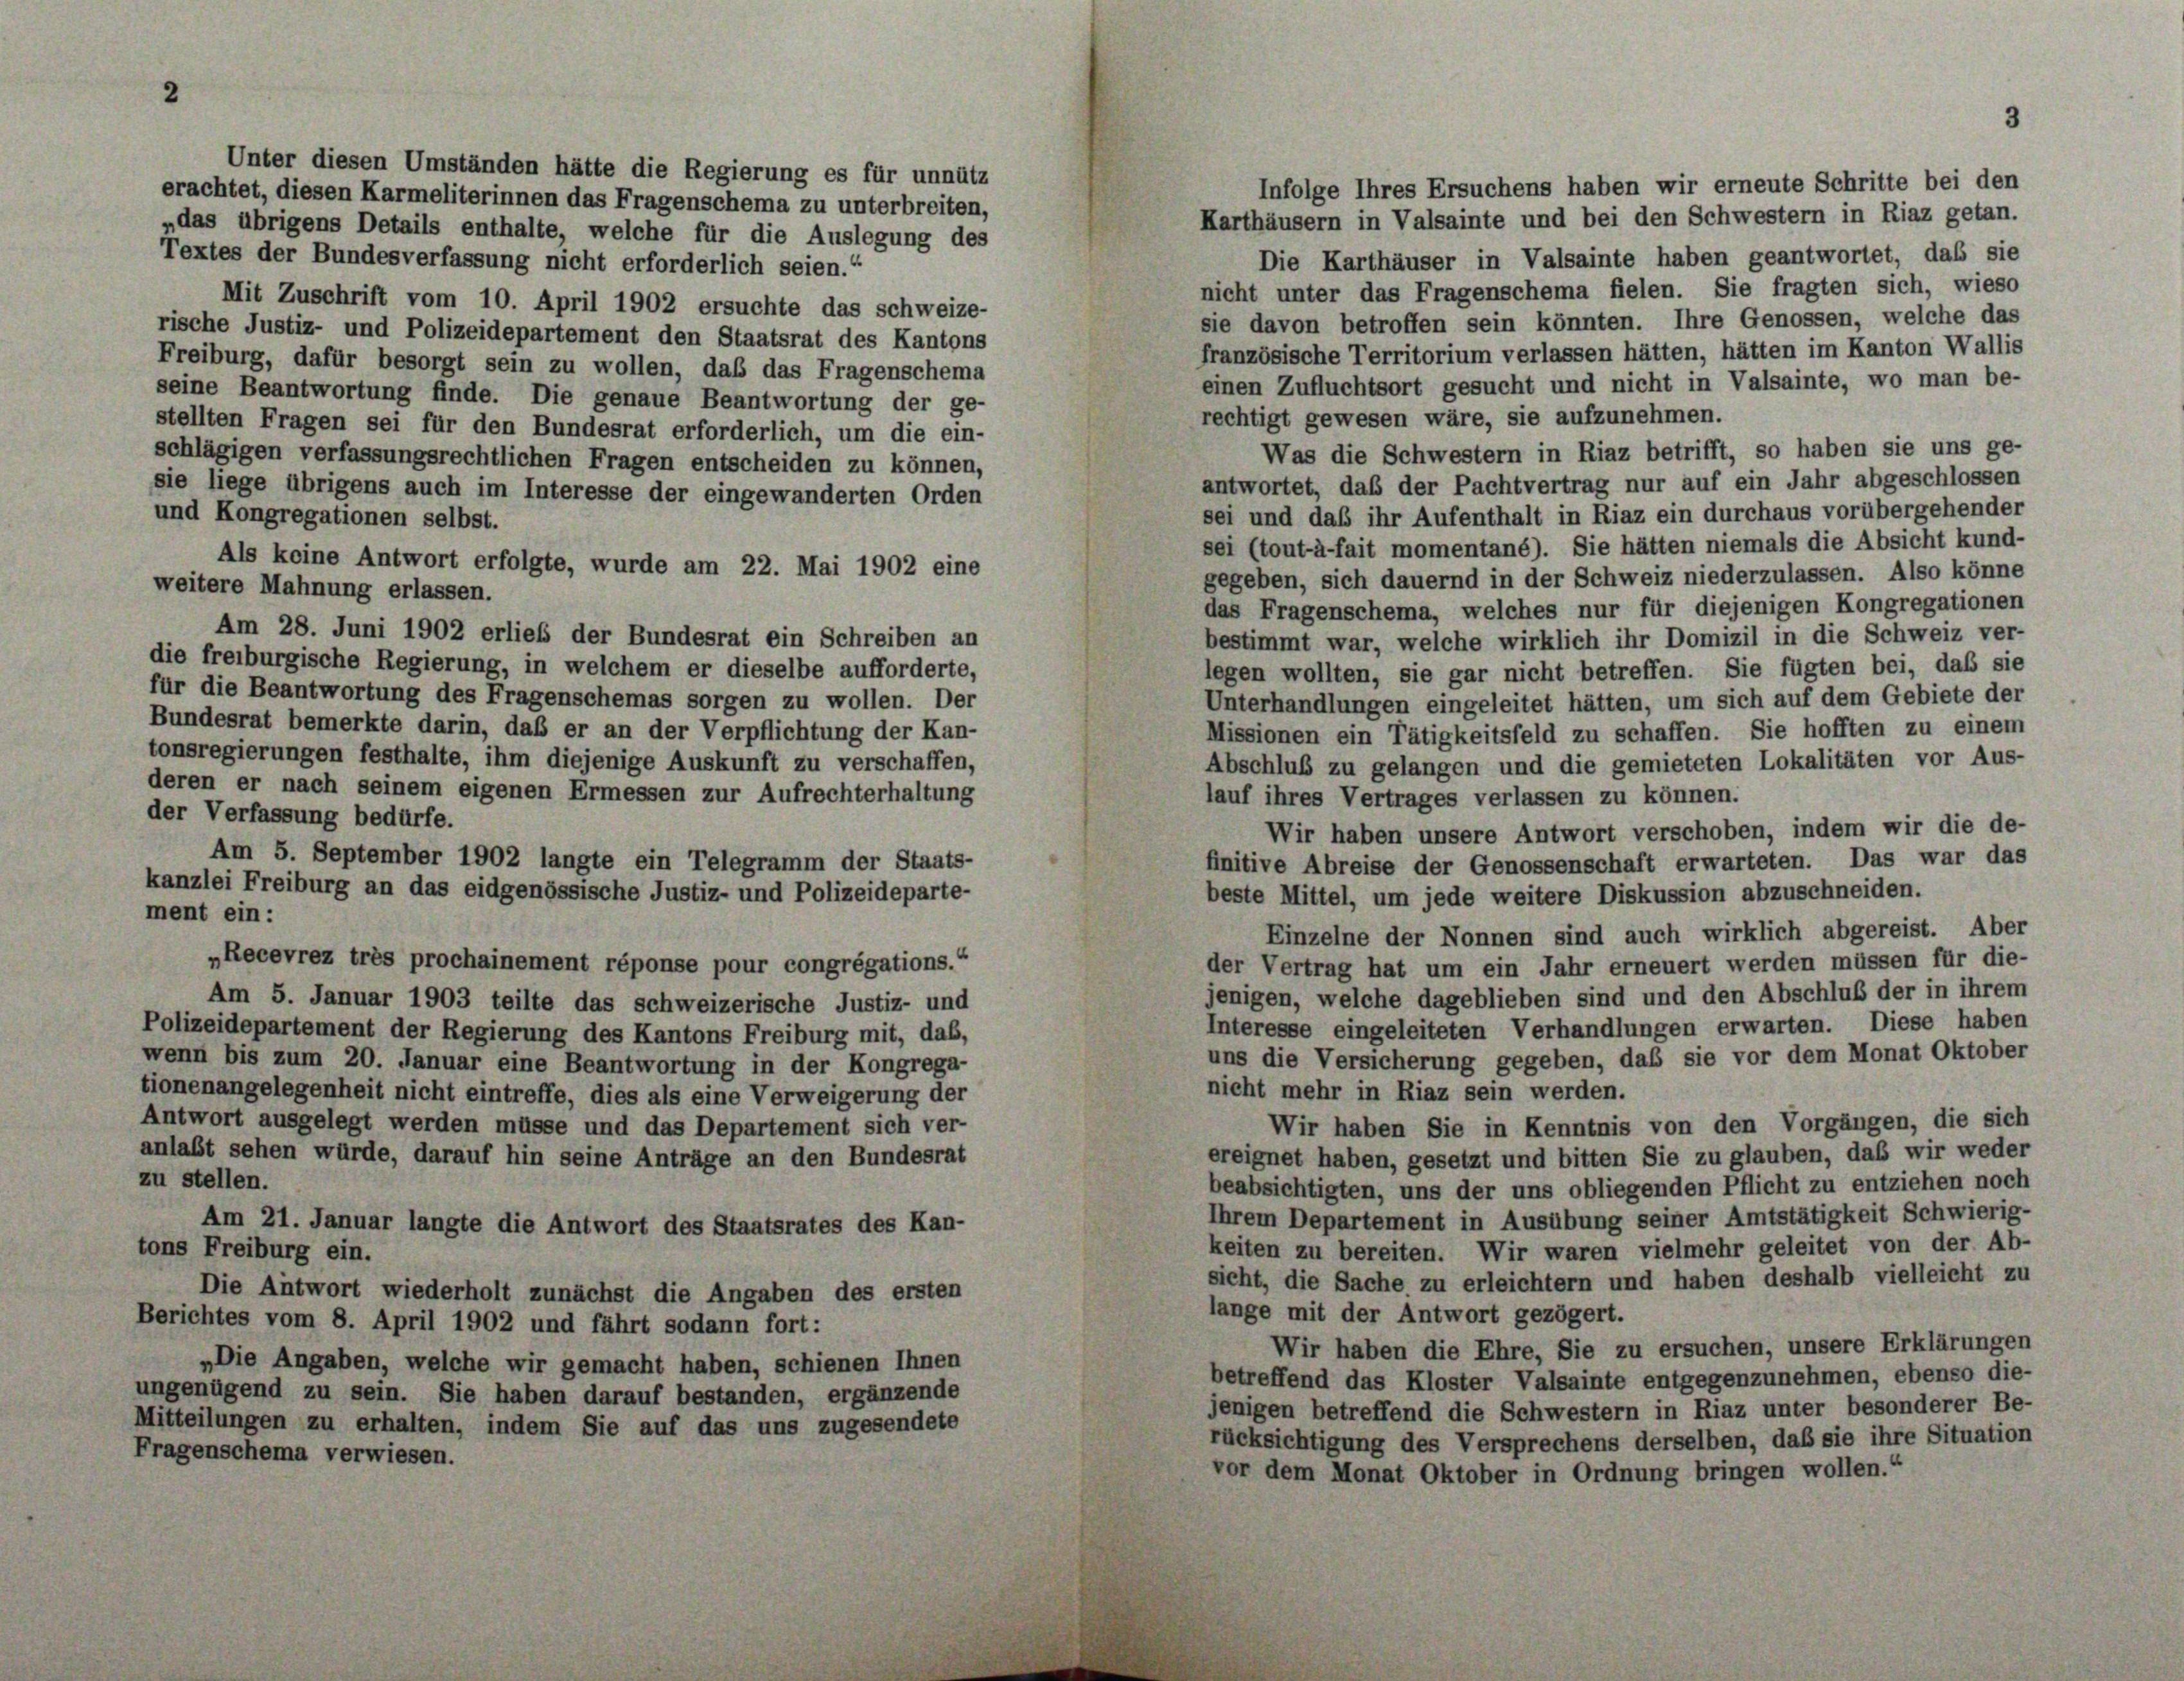
Unter diesen Umständen hätte die Regierung es für unnütz
Infolge Ihres Ersuchens haben wir erneute Schritte bei den
erachtet, diesen Karmeliterinnen das Fragenschema zu unterbreiten,
Karthäusern in Valsainte und bei den Schwestern in Riaz getan.
„das übrigens Details enthalte, welche für die Auslegung des
Die Karthäuser in Valsainte haben geantwortet, daß sie
Textes der Bundesverfassung nicht erforderlich seien.
nicht unter das Fragenschema fielen. Sie fragten sich, wieso
Mit Zuschrift vom 10. April 1902 ersuchte das schweize-
sie davon betroffen sein könnten. Ihre Genossen, welche das
rische Justiz- und Polizeidepartement den Staatsrat des Kantons
französische Territorium verlassen hätten, hätten im Kanton Wallis
Freiburg, dafür besorgt sein zu wollen, daß das Fragenschema
einen Zufluchtsort gesucht und nicht in Valsainte, wo man be-
seine Beantwortung finde. Die genaue Beantwortung der ge-
rechtigt gewesen wäre, sie aufzunehmen.
stellten Fragen sei für den Bundesrat erforderlich, um die ein-
Was die Schwestern in Riaz betrifft, so haben sie uns ge-
schlägigen verfassungsrechtlichen Fragen entscheiden zu können,
antwortet, daß der Pachtvertrag nur auf ein Jahr abgeschlossen
sie liege übrigens auch im Interesse der eingewanderten Orden
sei und daß ihr Aufenthalt in Riaz ein durchaus vorübergehender
und Kongregationen selbst.
sei (tout-à-fait momentané). Sie hätten niemals die Absicht kund-
Als keine Antwort erfolgte, wurde am 22. Mai 1902 eine
gegeben, sich dauernd in der Schweiz niederzulassen. Also könne
weitere Mahnung erlassen.
das Fragenschema, welches nur für diejenigen Kongregationen
Am 28. Juni 1902 erlieb der Bundesrat ein Schreiben an
bestimmt war, welche wirklich ihr Domizil in die Schweiz ver-
die freiburgische Regierung, in welchem er dieselbe aufforderte,
legen wollten, sie gar nicht betreffen. Sie fügten bei, daß sie
für die Beantwortung des Fragenschemas sorgen zu wollen. Der
Unterhandlungen eingeleitet hätten, um sich auf dem Gebiete der
Bundesrat bemerkte darin, daß er an der Verpflichtung der Kan-
Missionen ein Tätigkeitsfeld zu schaffen. Sie hofften zu einem
tonsregierungen festhalte, ihm diejenige Auskunft zu verschaffen,
Abschluß zu gelangen und die gemieteten Lokalitäten vor Aus-
deren er nach seinem eigenen Ermessen zur Aufrechterhaltung
lauf ihres Vertrages verlassen zu können.
der Verfassung bedürfe.
Wir haben unsere Antwort verschoben, indem wir die de
Am 5. September 1902 langte ein Telegramm der Staats-
finitive Abreise der Genossenschaft erwarteten. Das war das
kanzlei Freiburg an das eidgenössische Justiz- und Polizeideparte-
beste Mittel, um jede weitere Diskussion abzuschneiden.
ment ein:
Einzelne der Nonnen sind auch wirklich abgereist. Aber
„Recevrez très prochainement réponse pour congrégations.“
der Vertrag hat um ein Jahr erneuert werden müssen für die-
jenigen, welche dageblieben sind und den Abschluß der in ihrem
Am 5. Januar 1903 teilte das schweizerische Justiz- und
Interesse eingeleiteten Verhandlungen erwarten. Diese haben
Polizeidepartement der Regierung des Kantons Freiburg mit, das,
uns die Versicherung gegeben, daß sie vor dem Monat Oktober
wenn bis zum 20. Januar eine Beantwortung in der Kongrega-
nicht mehr in Riaz sein werden.
tionenangelegenheit nicht eintreffe, dies als eine Verweigerung der
Antwort ausgelegt werden müsse und das Departement sich ver-
Wir haben Sie in Kenntnis von den Vorgängen, die sich
anlaßt sehen würde, darauf hin seine Anträge an den Bundesrat
ereignet haben, gesetzt und bitten Sie zu glauben, daß wir weder
zu stellen.
beabsichtigten, uns der uns obliegenden Pflicht zu entziehen noch
Ihrem Departement in Ausübung seiner Amtstätigkeit Schwierig-
Am 21. Januar langte die Antwort des Staatsrates des Kan-
keiten zu bereiten. Wir waren vielmehr geleitet von der Ab-
tons Freiburg ein.
sicht, die Sache zu erleichtern und haben deshalb vielleicht zu
Die Antwort wiederholt zunächst die Angaben des ersten
lange mit der Antwort gezögert.
Berichtes vom 8. April 1902 und fährt sodann fort:
Wir haben die Ehre, Sie zu ersuchen, unsere Erklärungen
„Die Angaben, welche wir gemacht haben, schienen Ihnen
betreffend das Kloster Valsainte entgegenzunehmen, ebenso die-
ungenügend zu sein. Sie haben darauf bestanden, ergänzende
jenigen betreffend die Schwestern in Riaz unter besonderer Be-
Mitteilungen zu erhalten, indem Sie auf das uns zugesendete
rücksichtigung des Versprechens derselben, daß sie ihre Situation
Fragenschema verwiesen.
vor dem Monat Oktober in Ordnung bringen wollen.“

3